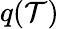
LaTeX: q(\mathcal{T})